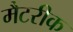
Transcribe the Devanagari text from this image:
मैटरीक